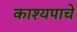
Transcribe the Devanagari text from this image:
काश्यपाचे